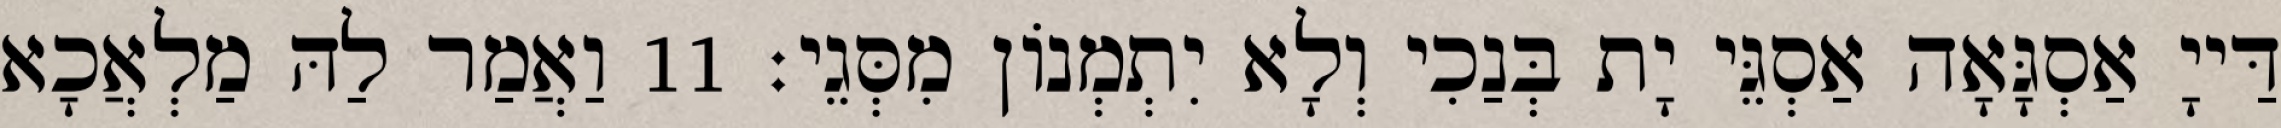
דַּייָ אַסְגָּאָה אַסְגֵּי יָת בְּנַכִי וְלָא יִתְמְנוֹן מִסְּגֵי׃ 11 וַאֲמַר לַהּ מַלְאֲכָא